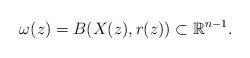
LaTeX: \begin{align*}\omega(z) = B(X(z), r(z))\subset \mathbb{R}^{n-1}.\end{align*}